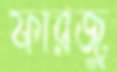
ফারজু